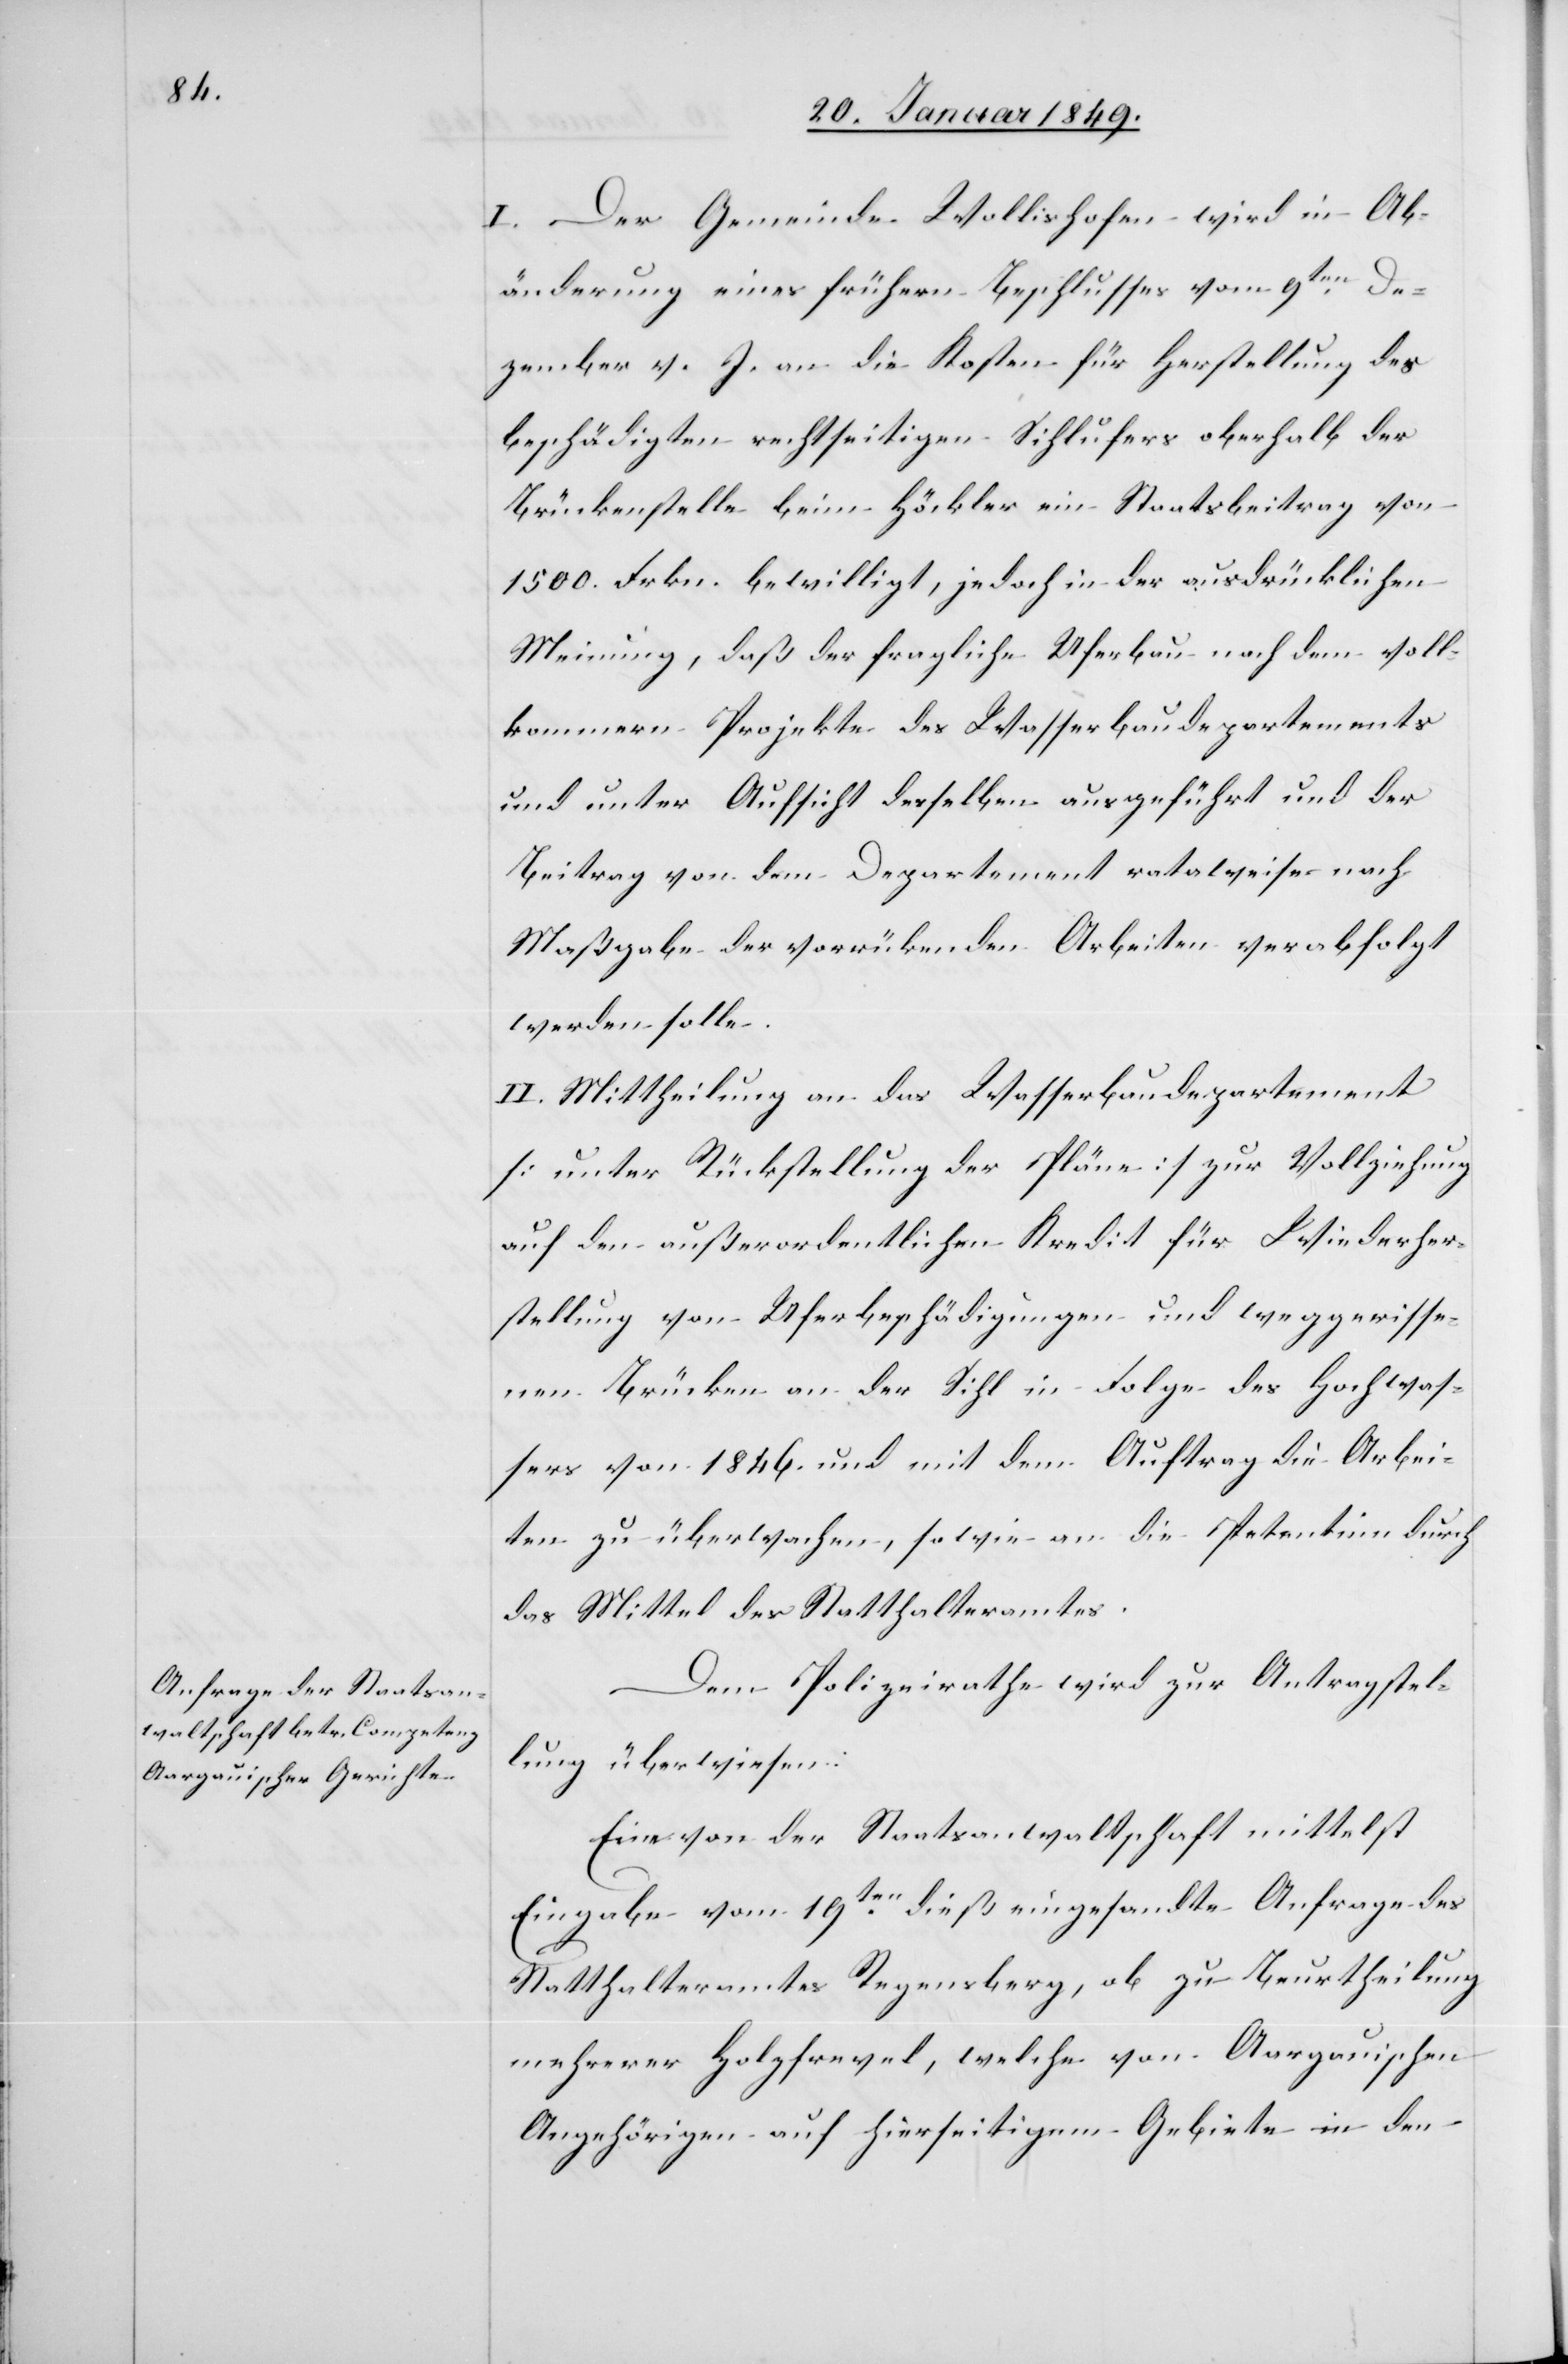
I. Der Gemeinde Wollishofen wird in Ab¬
änderung eines frühern Beschlusses vom 9ten. De¬
zember v. J. an die Kosten für Herstellung des
beschädigten rechtseitigen Sihlufers oberhalb der
Brückenstelle beim Höckler ein Staatsbeitrag von
1500. Frkn. bewilligt, jedoch in der ausdrücklichen
Meinung, daß der fragliche Uferbau nach dem voll¬
komm[n]ern Projekte des Wasserbaudepartements
und unter Aufsicht derselben ausgeführt und der
Beitrag von dem Departement ratalweise nach
Maßgabe der vorrükenden Arbeiten verabfolgt
werden solle.
II. Mittheilung an das Wasserbaudepartement
[unter Rückstellung der Pläne] zur Vollziehung
auf den außerordentlichen Kredit für Wiederher¬
stellung von Uferbeschädigungen und weggerisse¬
nen Brücken an der Sihl in Folge des Hochwas¬
sers von 1846. und mit dem Auftrag die Arbei¬
ten zu überwachen, sowie an die Petentinn durch
das Mittel des Statthalteramtes.
Dem Polizeirathe wird zur Antragstel¬
lung überwiesen:
Eine von der Staatsanwaltschaft mittelst
Eingabe vom 19ten. dieß eingesandte Anfrage des
Statthalteramtes Regensberg, ob zu Beurtheilung
mehrerer Holzfrevel, welche von Aargauischen
Angehörigen auf hierseitigem Gebiete in den